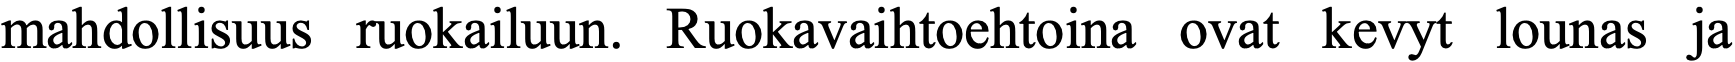
mahdollisuus ruokailuun. Ruokavaihtoehtoina ovat kevyt lounas ja